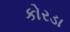
કોરડા